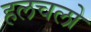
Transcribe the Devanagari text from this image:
हलचलो